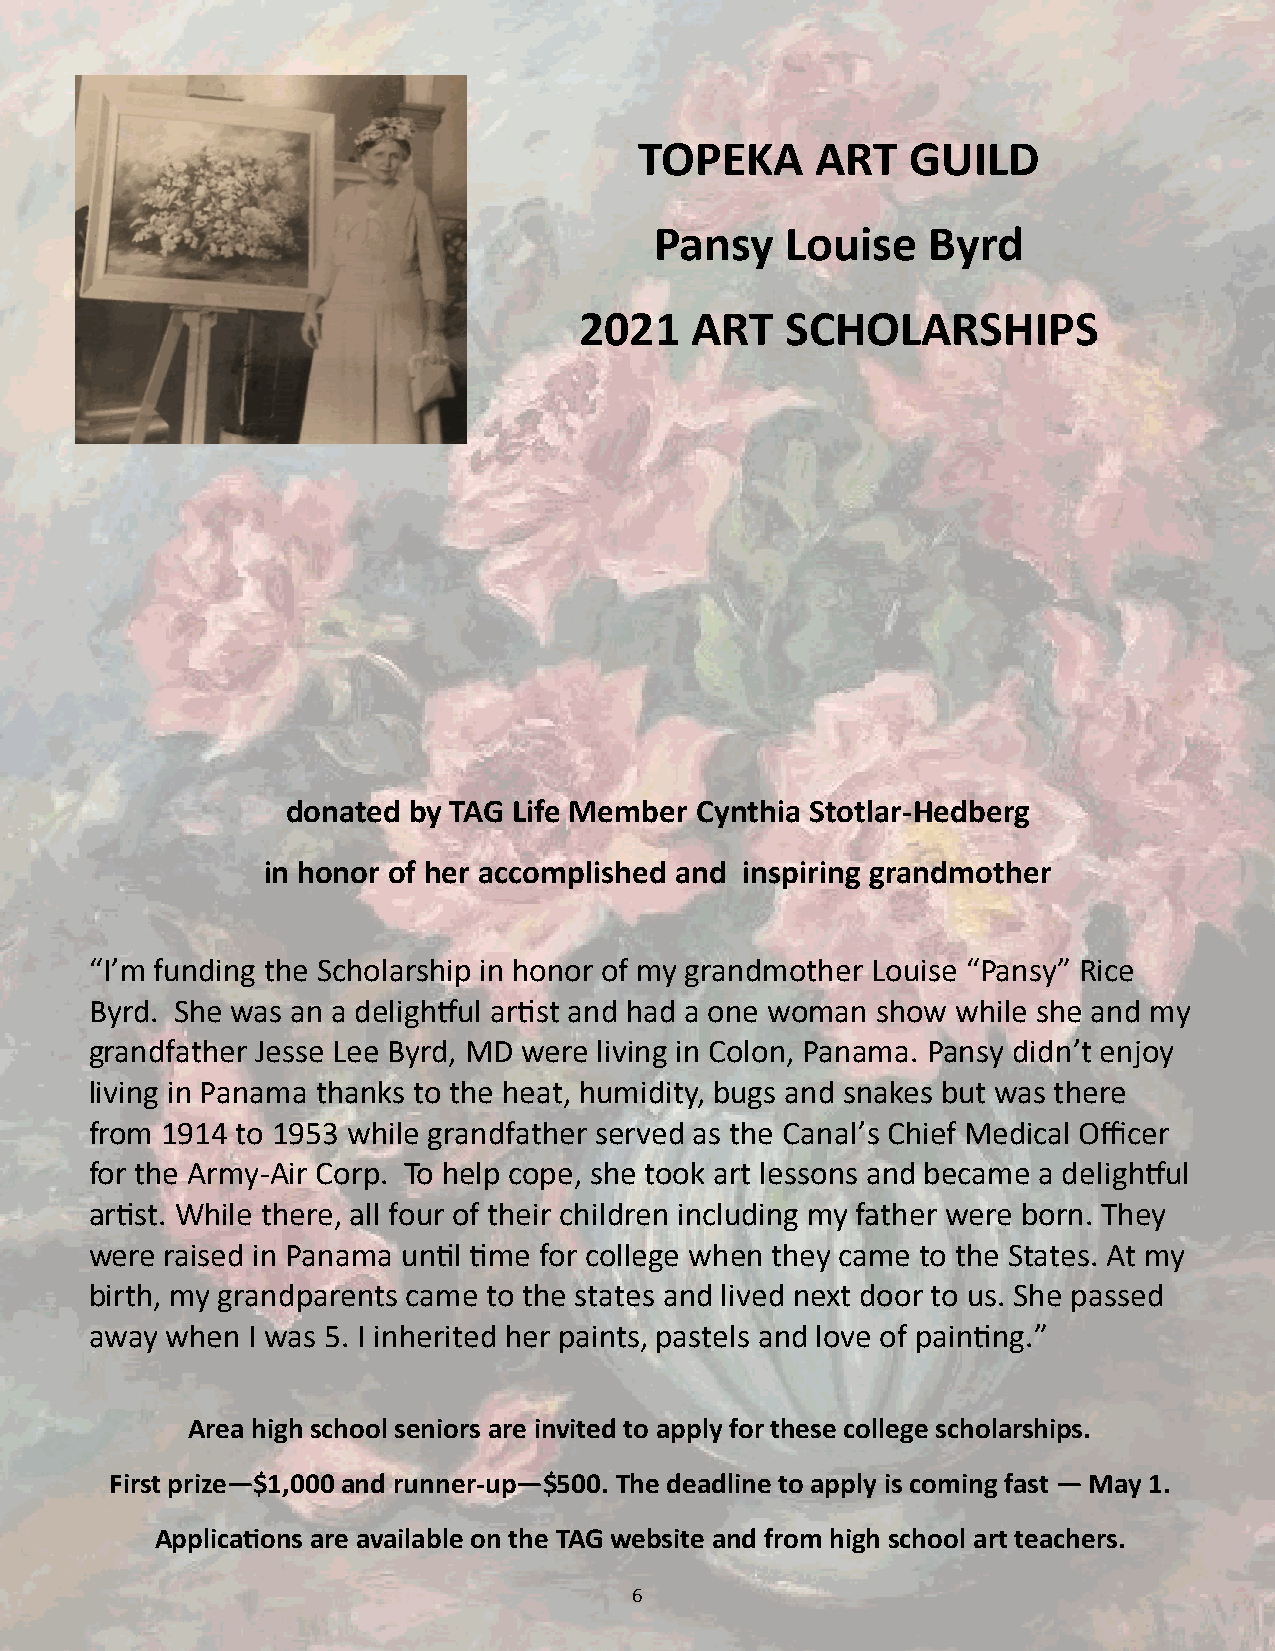
TOPEKA      ART   GUILD
 Pansy    Louise   Byrd
 2021    ART   SCHOLARSHIPS
 donated by TAG Life Member Cynthia Stotlar-Hedberg
 in honor of her accomplished and inspiring grandmother
 “I’m funding the Scholarship in honor of my grandmother Louise “Pansy” Rice
 Byrd. She was an a delightful artist and had a one woman show while she and my
 grandfather Jesse Lee Byrd, MD were living in Colon, Panama. Pansy didn’t enjoy
 living in Panama thanks to the heat, humidity, bugs and snakes but was there
 from 1914 to 1953 while grandfather served as the Canal’s Chief Medical Officer
 for the Army-Air Corp. To help cope, she took art lessons and became a delightful
 artist. While there, all four of their children including my father were born. They
 were raised in Panama until time for college when they came to the States. At my
 birth, my grandparents came to the states and lived next door to us. She passed
 away when I was 5. I inherited her paints, pastels and love of painting.”
 Area high school seniors are invited to apply for these college scholarships.
 First prize—$1,000 and runner-up—$500. The deadline to apply is coming fast — May 1.
 Applications are available on the TAG website and from high school art teachers.
 6